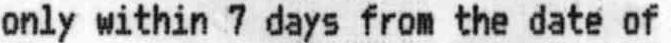
ONLY WITHIN 7 DAYS FROM THE DATE OF